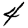
Digit: 4